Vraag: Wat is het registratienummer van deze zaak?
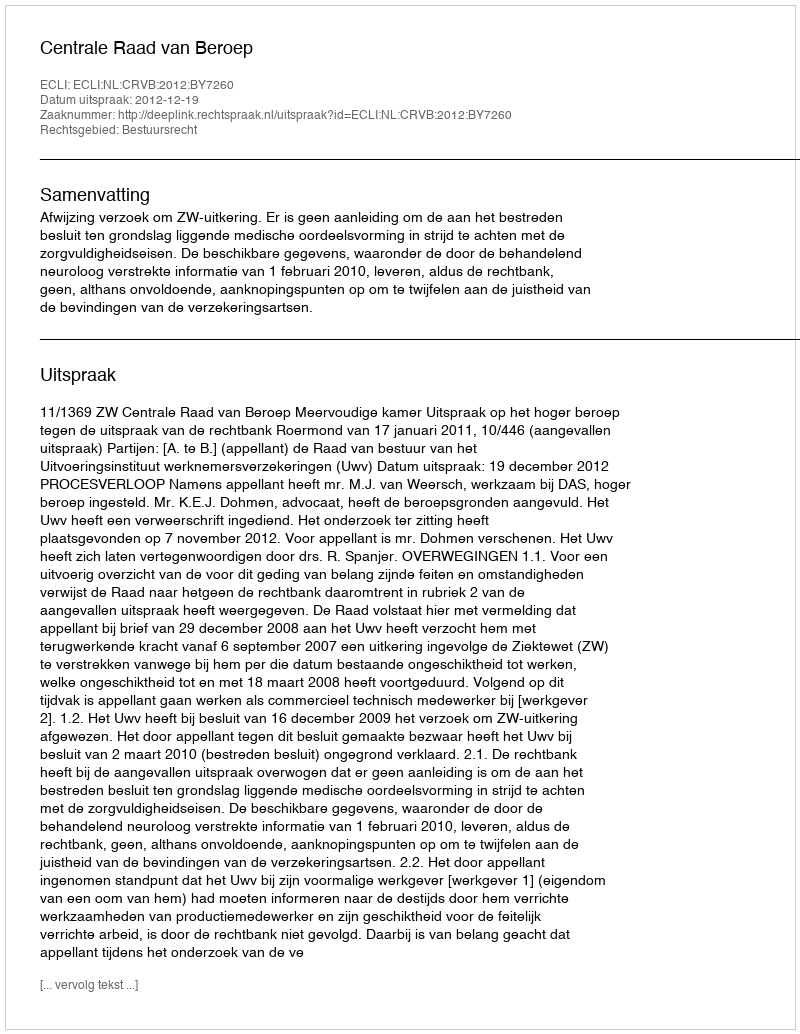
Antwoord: http://deeplink.rechtspraak.nl/uitspraak?id=ECLI:NL:CRVB:2012:BY7260